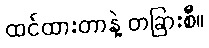
ထင်ထားတာနဲ့ တခြားစီ။